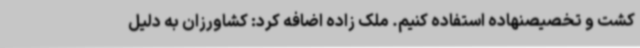
کشت و تخصیصنهاده استفاده کنیم. ملک زاده اضافه کرد: کشاورزان به دلیل